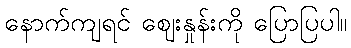
နောက်ကျရင် ဈေးနှုန်းကို ပြောပြပါ။